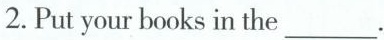
2. Put your books in the___.